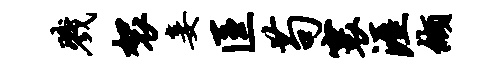
戮袈妾匡苟寰涯缬